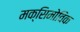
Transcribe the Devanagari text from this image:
मक्सिमोविक